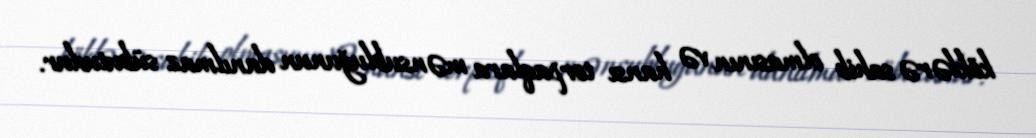
köklərə sahib olmasının və hansı torpaqlara mənsubluğunun danılmaz sübutudur.